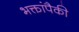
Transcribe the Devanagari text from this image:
भक्तांपैकी